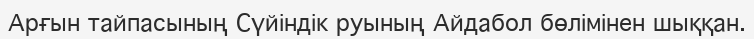
Арғын тайпасының Сүйіндік руының Айдабол бөлімінен шыққан.